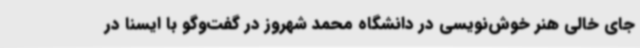
جای خالی هنر خوش‌نویسی در دانشگاه محمد شهروز در گفت‌وگو با ایسنا در